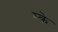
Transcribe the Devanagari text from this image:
म्के